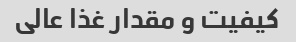
کیفیت و مقدار غذا عالی